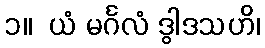
၁။  ယံ မင်္ဂလံ ဒွါဒသဟိ၊